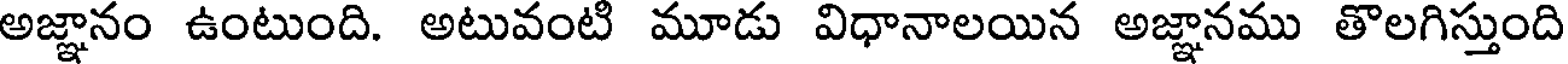
అజ్ఞానం ఉంటుంది. అటువంటి మూడు విధానాలయిన అజ్ఞానము తొలగిస్తుంది